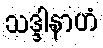
သဒ္ဒါနာဟံ